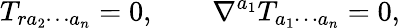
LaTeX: T_{ra_{2}\cdots a_{n}}=0,\qquad\nabla^{a_{1}}T_{a_{1}\cdots a_{n}}=0,